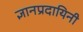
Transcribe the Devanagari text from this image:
ज्ञानप्रदायिनी